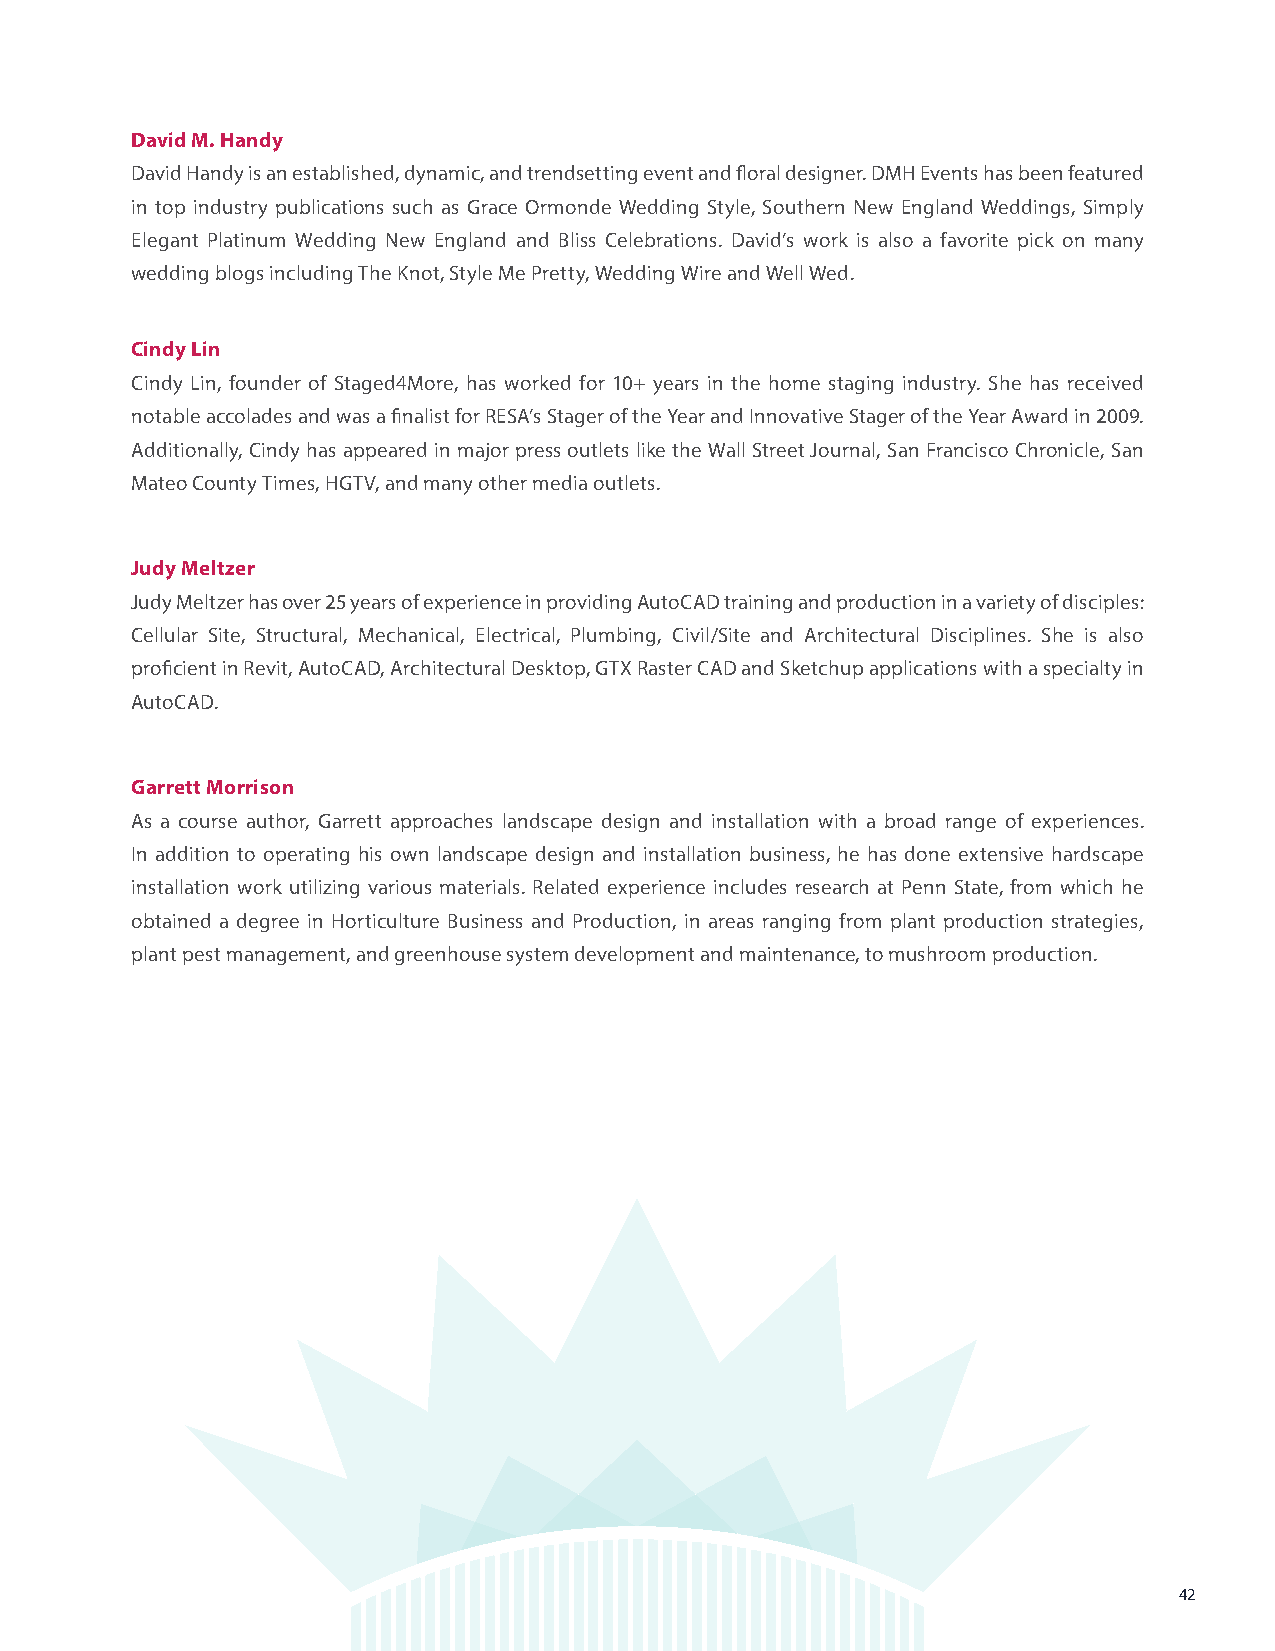
David M. Handy
 David Handy is an established, dynamic, and trendsetting event and floral designer. DMH Events has been featured
 in top industry publications such as Grace Ormonde Wedding Style, Southern New England Weddings, Simply
 Elegant Platinum Wedding New England and Bliss Celebrations. David’s work is also a favorite pick on many
 wedding blogs including The Knot, Style Me Pretty, Wedding Wire and Well Wed.
 Cindy Lin
 Cindy Lin, founder of Staged4More, has worked for 10+ years in the home staging industry. She has received
 notable accolades and was a finalist for RESA’s Stager of the Year and Innovative Stager of the Year Award in 2009.
 Additionally, Cindy has appeared in major press outlets like the Wall Street Journal, San Francisco Chronicle, San
 Mateo County Times, HGTV, and many other media outlets.
 Judy Meltzer
 Judy Meltzer has over 25 years of experience in providing AutoCAD training and production in a variety of disciples:
 Cellular Site, Structural, Mechanical, Electrical, Plumbing, Civil/Site and Architectural Disciplines. She is also
 proficient in Revit, AutoCAD, Architectural Desktop, GTX Raster CAD and Sketchup applications with a specialty in
 AutoCAD.
 Garrett Morrison
 As a course author, Garrett approaches landscape design and installation with a broad range of experiences.
 In addition to operating his own landscape design and installation business, he has done extensive hardscape
 installation work utilizing various materials. Related experience includes research at Penn State, from which he
 obtained a degree in Horticulture Business and Production, in areas ranging from plant production strategies,
 plant pest management, and greenhouse system development and maintenance, to mushroom production.
 42